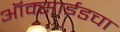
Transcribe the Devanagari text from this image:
ऑक्साईडचा